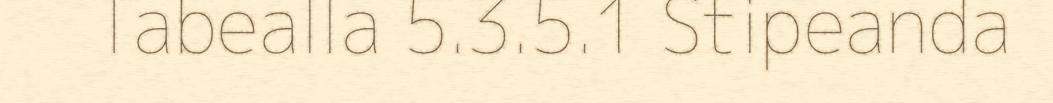
Tabealla 5.3.5.1 Stipeanda